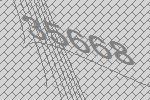
35668